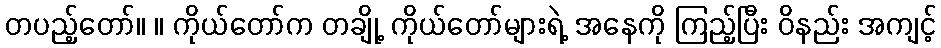
တပည့်တော်။ ။ ကိုယ်တော်က တချို့ ကိုယ်တော်များရဲ့ အနေကို ကြည့်ပြီး ဝိနည်း အကျင့်